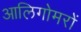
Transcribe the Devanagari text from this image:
आलिगोमरों